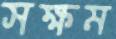
সক্ষম